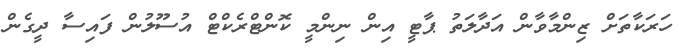
ހަރަކާތަށް ޒިންމާވާން އަދާލަތު ޕާޓީ އިން ނިންމީ ކޮންޓްރެކްޓް އުސޫލުން ފައިސާ ދީގެން